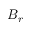
B _ { r }